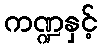
ကဏ္ဍနှင့်